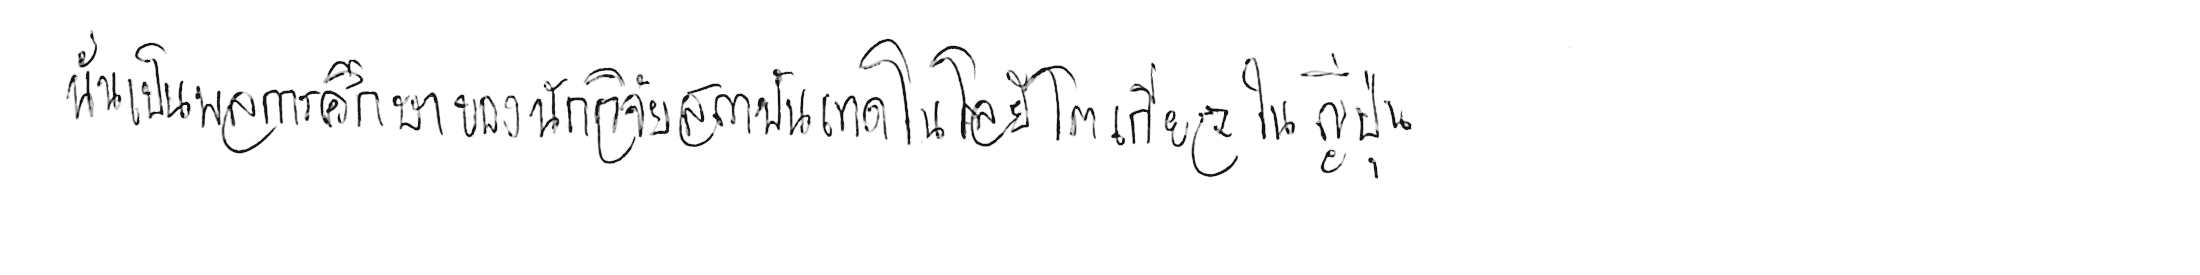
นั่นเป็นผลการศึกษาของนักวิจัยสถาบันเทคโนโลยีโตเกียว ในญี่ปุ่น